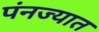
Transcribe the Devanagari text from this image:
पंनज्यात